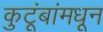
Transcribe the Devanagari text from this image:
कुटूंबांमधून